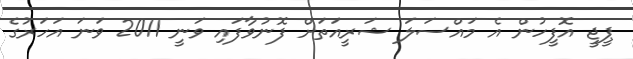
ޕީޖީ އޮފީހުން އެ މައްސަލަ ޝަރީއަތަށް ފޮނުވާފައި ވަނީ 2011 ވަނަ އަހަރުގެ